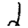
Digit: 2